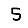
Digit: 5